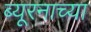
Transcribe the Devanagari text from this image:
ब्यूरनाच्या